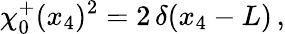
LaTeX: \chi_{0}^{+}(x_{4})^{2}=2\, \delta(x_{4}-L)\, ,